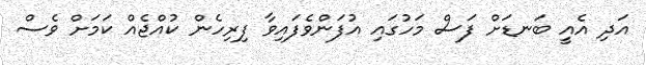
އަދި އެއީ ބަނޑަށް ފަސް މަހުގައި އުފަންވެފައިވާ ފިރިހެން ކުއްޖެއް ކަމަށް ވެސް